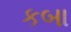
કબા